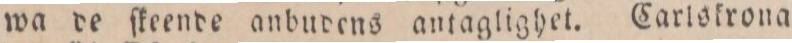
wa de ſkeende anbudens antaglighet. Carlskrona